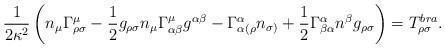
LaTeX: \begin{align*}\frac{1}{2 \kappa^{2}} \left(n_{\mu } \Gamma^{\mu}_{\rho \sigma} -\frac{1}{2}g_{\rho \sigma} n_{\mu} \Gamma^{\mu}_{\alpha \beta} g^{\alpha \beta}-\Gamma_{\alpha (\rho }^{\alpha} n_{\sigma)} +\frac{1}{2}\Gamma^{\alpha }_{\beta \alpha} n^{\beta} g_{\rho\sigma}\right) =T^{bra}_{\rho \sigma }.\end{align*}